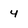
Character: 4